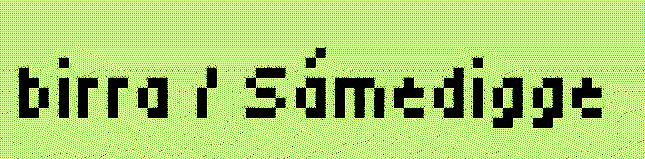
birra / Sámedigge